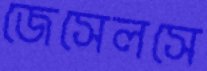
জেসেলসে